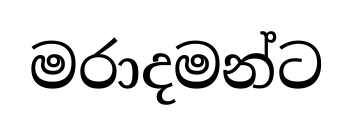
මරාදමන්ට